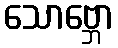
သောဗ္ဘော